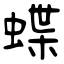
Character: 蝶